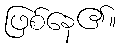
ဖြစ်နေ၏။